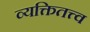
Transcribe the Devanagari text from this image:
व्यक्तितत्त्व